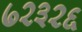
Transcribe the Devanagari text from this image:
७२३२६